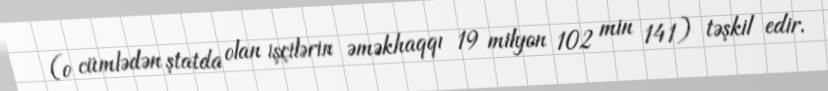
(o cümlədən ştatda olan işçilərin əməkhaqqı 19 milyon 102 min 141) təşkil edir.